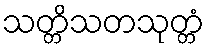
သတ္တိသတသုတ္တံ